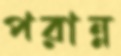
পরান্ন